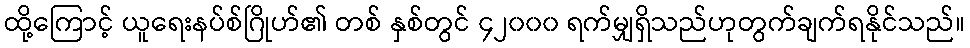
ထို့ကြောင့် ယူရေးနပ်စ်ဂြိုဟ်၏ တစ် နှစ်တွင် ၄၂၀၀၀ ရက်မျှရှိသည်ဟုတွက်ချက်ရနိုင်သည်။